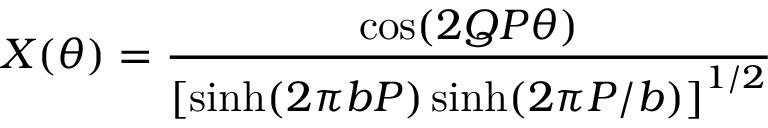
X ( \theta ) = \frac { \cos ( 2 Q P \theta ) } { \left[ \sinh ( 2 \pi b P ) \sinh ( 2 \pi P / b ) \right] ^ { 1 / 2 } }